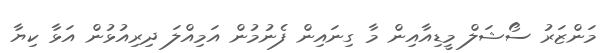
މަންޒަރު ސޯޝަލް މީޑިއާއިން މާ ގިނައިން ފެނުމުން އަމިއްލަ ދިރިއުޅުން އަޅާ ކިޔާ